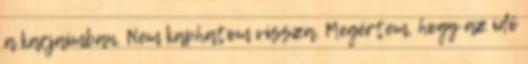
a karjaimban. Nem kaphatom vissza. Megértem, hogy az idő